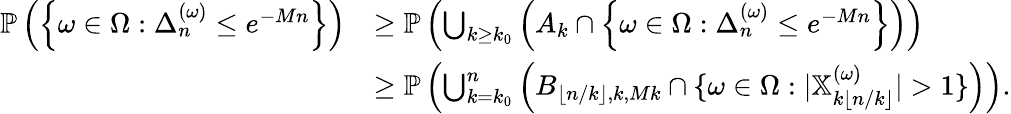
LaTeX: \begin{array}{rl}{\mathbb P\left(\left\{ \omega\in\Omega:\Delta_{n}^{(\omega)}\leq e^{-Mn}\right\} \right)}&{\geq\mathbb P\left(\bigcup_{k\geq k_{0}}\left(A_{k}\cap\left\{ \omega\in\Omega:\Delta_{n}^{(\omega)}\leq e^{-Mn}\right\} \right)\right)}\\ &{\geq\mathbb P\left(\bigcup_{k=k_{0}}^{n}\left(B_{\lfloor n/k\rfloor,k,Mk}\cap\{ \omega\in\Omega:|\mathbb{X}_{k\lfloor n/k\rfloor}^{(\omega)}|>1\} \right)\right).}\end{array}